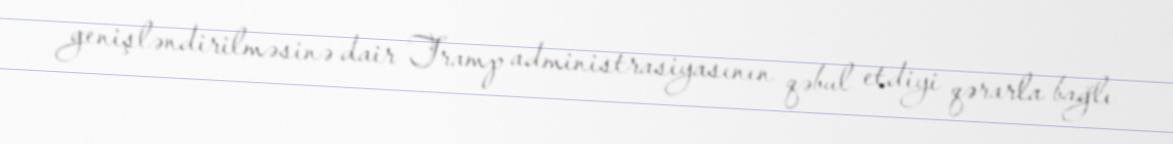
genişləndirilməsinə dair Tramp administrasiyasının qəbul etdiyi qərarla bağlı